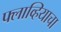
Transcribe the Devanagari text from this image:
फ्लाव्हियाचा